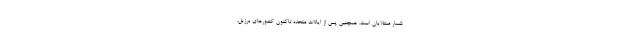
شمار مبتلایان است. همچنین پس از ایالات متحده تاکنون کشورهای برزیل،